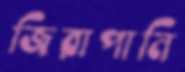
জিরাপানি